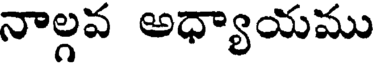
నాల్గవ అధ్యాయము